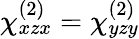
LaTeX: \chi_{xzx}^{(2)}=\chi_{yzy}^{(2)}